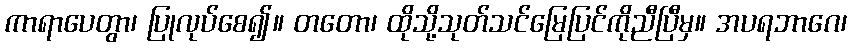
ကာရာပေတွာ၊ ပြုလုပ်စေ၍။ တတော၊ ထိုသို့သုတ်သင်မြေပြင်ကိုညီပြီမှ။ အပရဘာဂေ၊